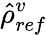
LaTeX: \hat{\rho}_{ref}^{v}